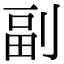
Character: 副